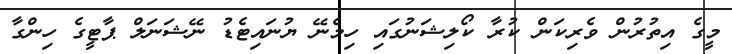
މީގެ އިތުރުން ވެރިކަން ކުރާ ކޯލިޝަނުގައި ހިމެނޭ ޔުނައިޓެޑު ނޭޝަނަލް ޕާޓީގެ ހިންގާ